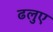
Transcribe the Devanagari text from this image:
ढलुए